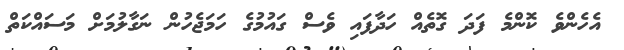
އެހެންވެ ކޮންމެ ފަދަ ގޮތެއް ހަދާފައި ވެސް ގައުމުގެ ހަމަޖެހުން ނަގާލުމަށް މަސައްކަތް